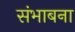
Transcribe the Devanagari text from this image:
संभाबना